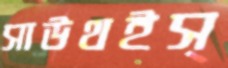
সাউথইস্